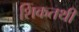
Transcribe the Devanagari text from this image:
शिकतथी